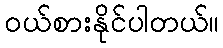
၀ယ်စားနိုင်ပါတယ်။